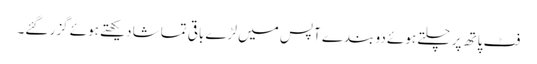
فٹ پاتھ پر چلتے ہوئے دو بندے آپس میں لڑے باقی تماشا دیکھتے ہوئے گزر گئے۔